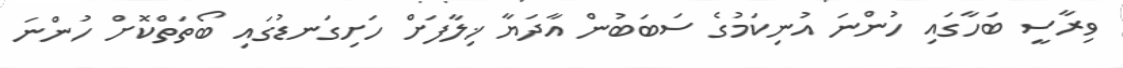
ވިރާސީ ބަހާގައި ހުންނަ އުނިކަމުގެ ސަބަބުން އާދަޔާ ޚިލާފަށް ހަށިގަނޑުގައި ބޯތަތްކޮށް ހުންނަ